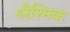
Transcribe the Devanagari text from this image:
श्लैश्मिक